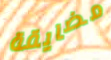
مضايقة